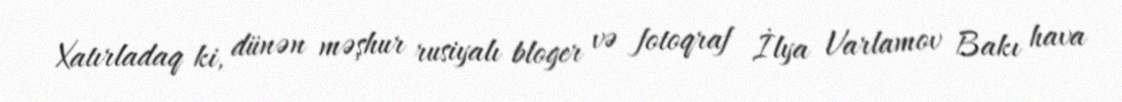
Xatırladaq ki, dünən məşhur rusiyalı bloger və fotoqraf İlya Varlamov Bakı hava